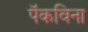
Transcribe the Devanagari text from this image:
पॅकविना